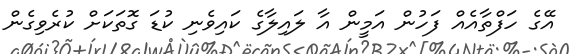
އޭގެ ހަފްތާއެއް ފަހުން އަމީން އާ ލައިލާގެ ކައިވެނި ކުޑަ ގޮތަކަށް ކުރެވިގެން